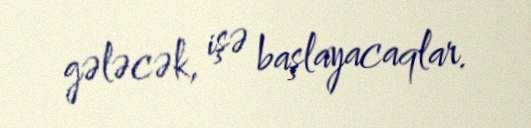
gələcək, işə başlayacaqlar.